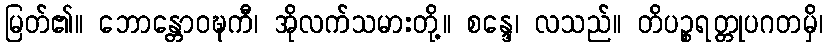
မြတ်၏။ ဘောန္တောဝဍ္ဎကီ၊ အိုလက်သမားတို့။ စန္ဒေ၊ လသည်။ တိပဉ္စရတ္တုပဂတမှိ၊